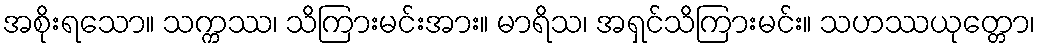
အစိုးရသော။ သက္ကဿ၊ သိကြားမင်းအား။ မာရိသ၊ အရှင်သိကြားမင်း။ သဟဿယုတ္တော၊